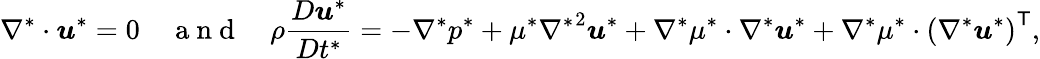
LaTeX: \nabla^{*}\cdot\boldsymbol u^{*}=0~~~~\mathrm{~a~n~d~}~~~~\rho\frac{D\boldsymbol{u}^{*}}{Dt^{*}}=-\nabla^{*}p^{*}+\mu^{*}{\nabla^{*}}^{2}\boldsymbol u^{*}+\nabla^{*}\mu^{*}\cdot\nabla^{*}\boldsymbol u^{*}+\nabla^{*}\mu^{*}\cdot\left(\nabla^{*}\boldsymbol u^{*}\right)^{\mathsf{T}},